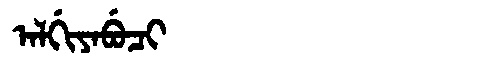
Manchu: ᠠᠯᡤᡳᠶᠠᠪᡠᠴᡳ
Romanization: ALGIYABUCI